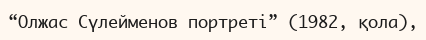
“Олжас Сүлейменов портреті” (1982, қола),